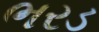
ભરડ